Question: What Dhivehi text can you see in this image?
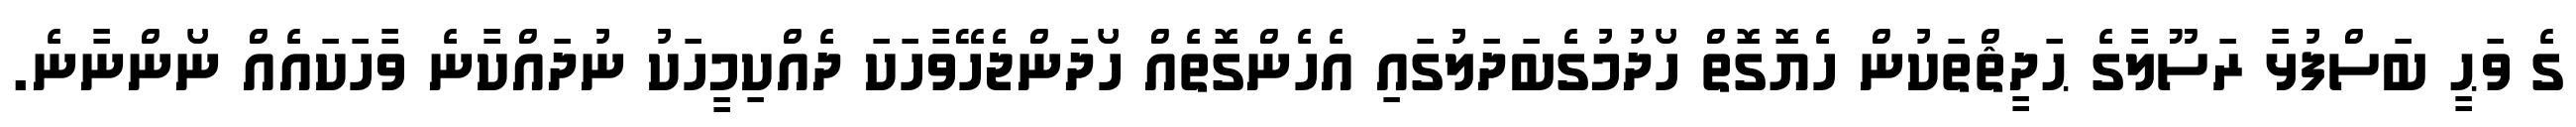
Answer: ގެ ވަޙީ ބަސްފުޅާ ރަސޫލާގެ ޙަދީޘްތަކުން ހެޔޮގޮތް ހޯދުމުގެބަދަލުގައި އެހެންގޮތެއް ހޯދަންޖެހޭވާހަކަ ދެއްކިމީހަކު ނުދައްކާނެ ވާހަކައެއް ނޯންނާނެ.